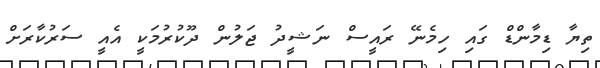
ތިޔާ ޑިމާންޑް ގައި ހިމެނޭ ރައީސް ނަޝީދު ޖަލުން ދޫކުރުމަކީ އެއީ ސަރުކާރަށް